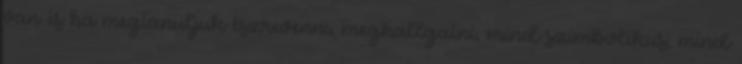
van és ha megtanuljuk észrevenni, meghallgatni, mind szimbolikus, mind